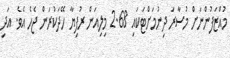
މުއްޒަފުންނަށް މުސާރަ ދިނުމަށްޓަކައި 2.68 މިލިއަން ރުފިޔާ ހޭދަކުރަން ޖެހެ އެވެ. އަދި